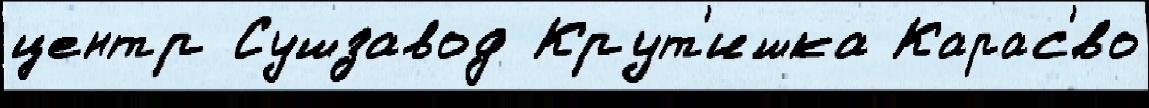
центр Сушзавод Крут'ишка Карас'́во